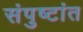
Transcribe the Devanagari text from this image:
संपुष्टांत